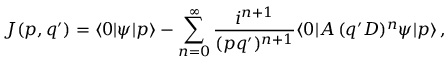
J ( p , q ^ { \prime } ) = \langle 0 | \psi | p \rangle - \sum _ { n = 0 } ^ { \infty } \frac { i ^ { n + 1 } } { ( p q ^ { \prime } ) ^ { n + 1 } } \langle 0 | { \cal A } \, ( q ^ { \prime } D ) ^ { n } \psi | p \rangle \, ,